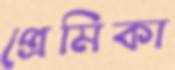
প্রেমিকা